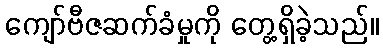
ကျော်ဗီဇဆက်ခံမှုကို တွေ့ရှိခဲ့သည်။